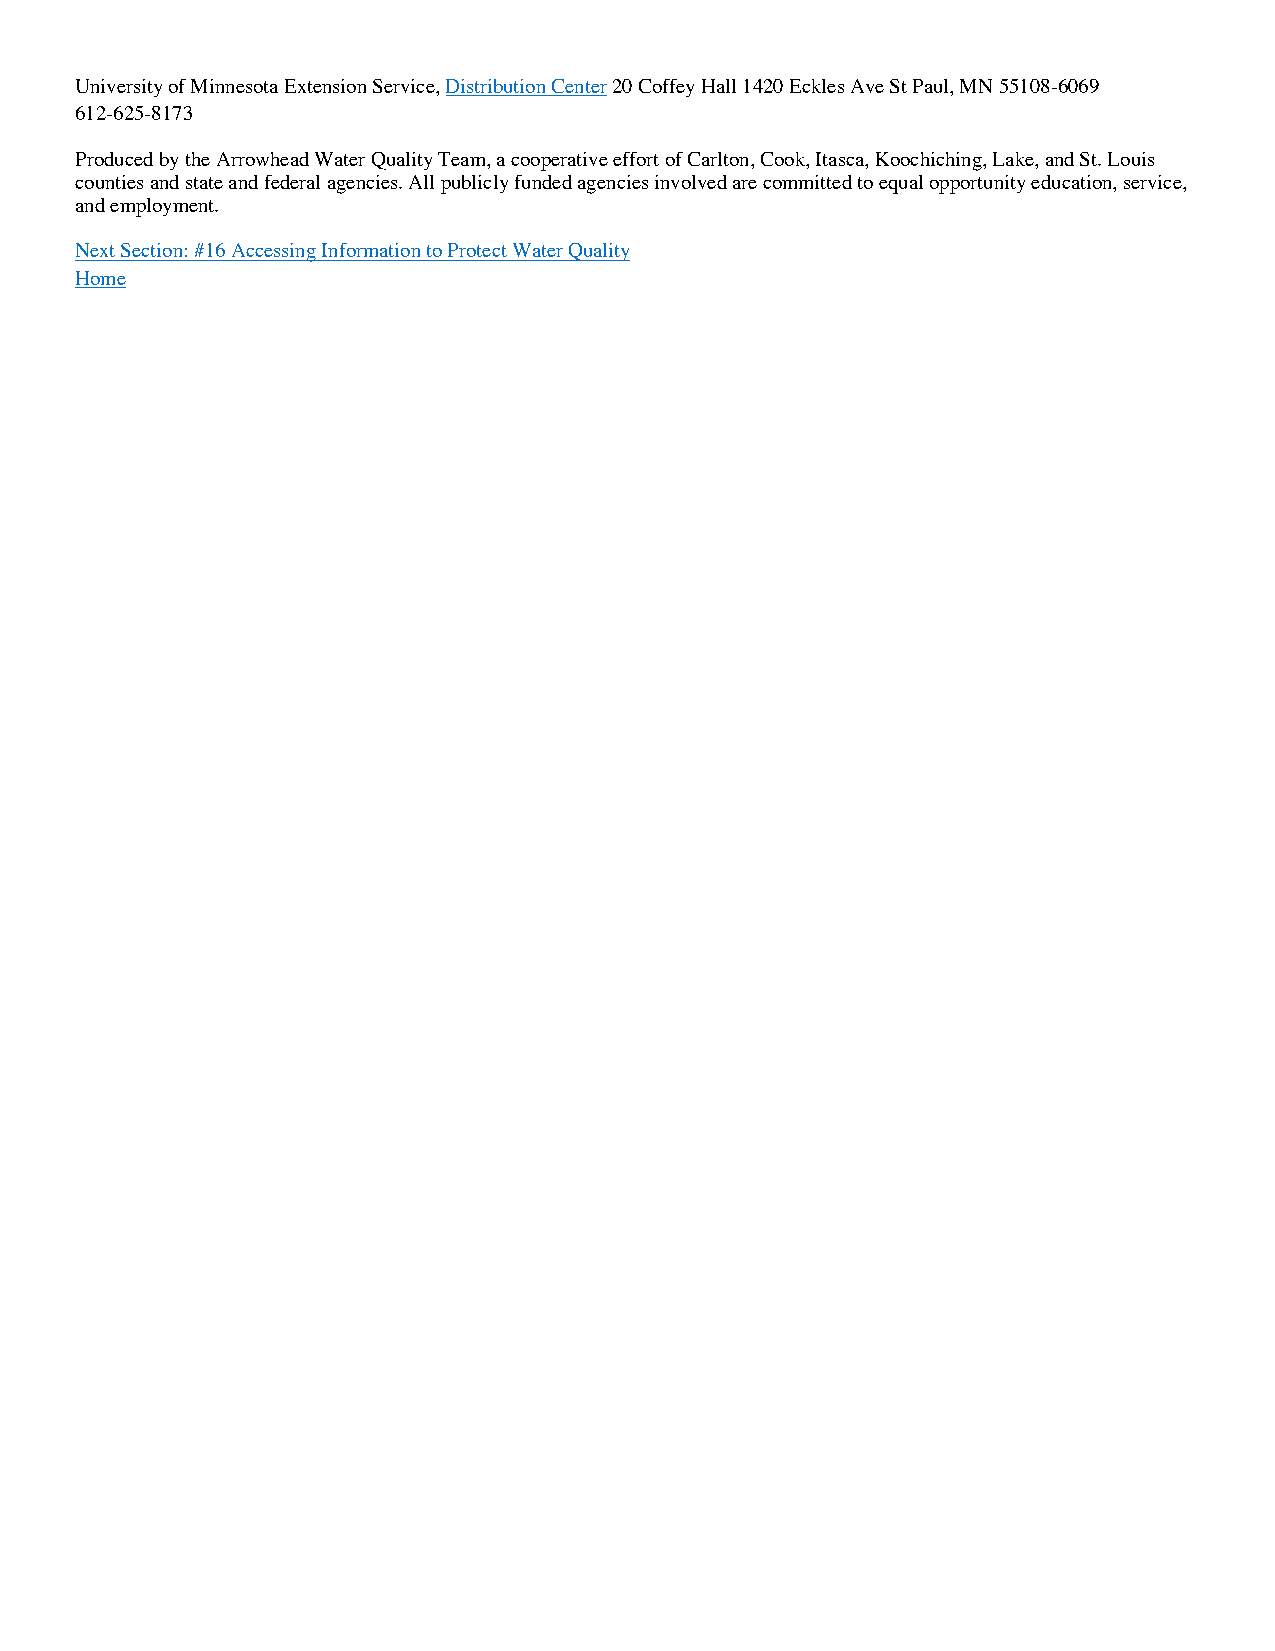
University of Minnesota Extension Service, Distribution Center 20 Coffey Hall 1420 Eckles Ave St Paul, MN 55108-6069
 612-625-8173
 Produced by the Arrowhead Water Quality Team, a cooperative effort of Carlton, Cook, Itasca, Koochiching, Lake, and St. Louis
 counties and state and federal agencies. All publicly funded agencies involved are committed to equal opportunity education, service,
 and employment.
 Next Section: #16 Accessing Information to Protect Water Quality
 Home